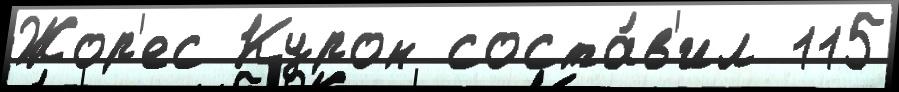
Жор'ес Курон соста́в'ил 115